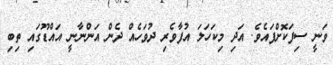
ވަނީ ސިފަކޮށްފައެވެ. އަދި މިކަހަލަ އުފާވެރި ދުވަހެއް ދެން އަންނާނީ އައްޑޫގައި ތިބި